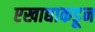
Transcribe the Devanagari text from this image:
एखाद्याकडून